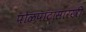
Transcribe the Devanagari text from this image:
पोळपाटासारखी